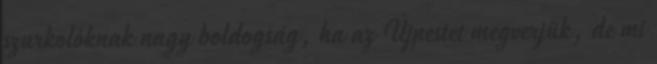
szurkolóknak nagy boldogság, ha az Újpestet megverjük, de mi